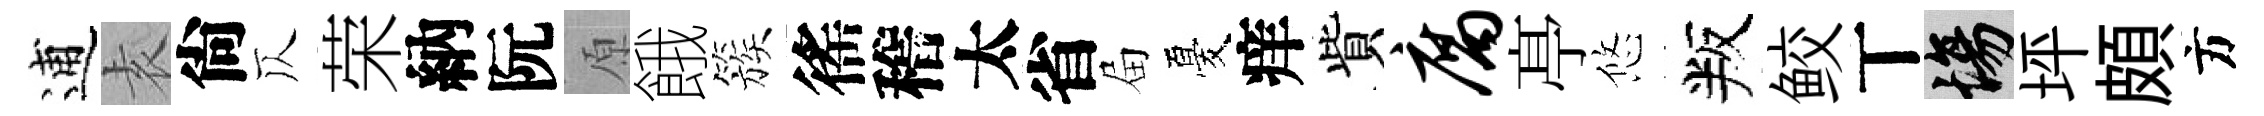
逋𡊮尙仄荣納阮原餓簇徭稽太省屇憂痒貲腐𠅘悠叛鲛丅場坪頗方